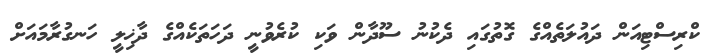
ކްރިސްޓިއަން ދައުލަތެއްގެ ގޮތުގައި ދެކުނު ސޫދާން ވަކި ކުރެވުނީ ދަހަތަކެއްގެ ދާޚިލީ ހަނގުރާމައަށް